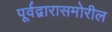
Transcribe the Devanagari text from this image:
पूर्वद्वारासमोरील